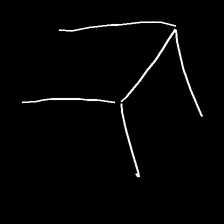
Glyph: gather